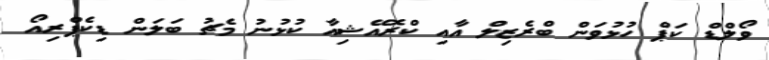
ވޯލްޑް ކަޕް ހުޅުވަން ބްރެޒިލް އާއި ކްރޮއޭޝިއާ ކުޅުނު މެޗު ބަލަން ޑިކެޕްރިއޯ